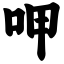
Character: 呷